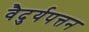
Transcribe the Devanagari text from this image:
वैदुर्यपत्तन